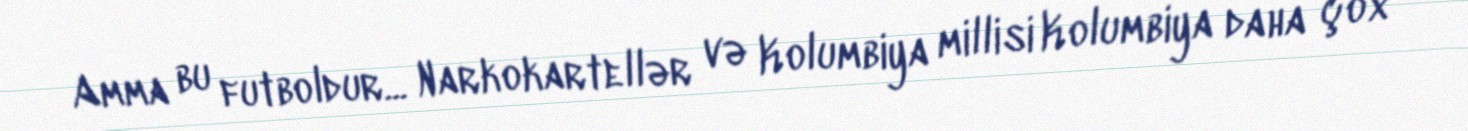
Amma bu futboldur... Narkokartellər və Kolumbiya millisi Kolumbiya daha çox